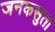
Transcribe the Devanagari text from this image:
जनकसुता